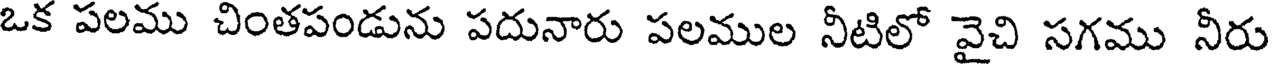
ఒక పలము చింతపండును పదునారు పలముల నీటిలో వైచి సగము నీరు